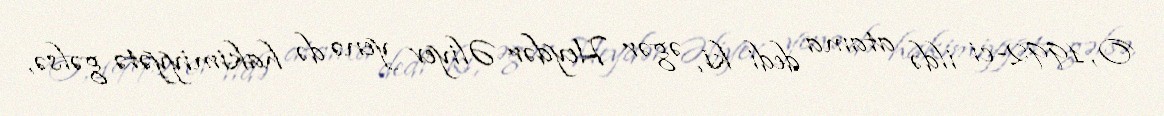
O, 1992-ci ildə atama dedi ki, əgər Heydər Əliyev yenə də hakimiyyətə gəlsə,